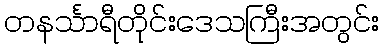
တနင်္သာရီတိုင်းဒေသကြီးအတွင်း